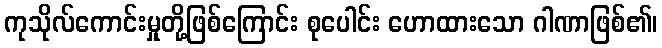
ကုသိုလ်ကောင်းမှုတို့ဖြစ်ကြောင်း စုပေါင်း ဟောထားသော ဂါဏာဖြစ်၏၊